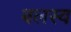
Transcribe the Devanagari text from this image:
बलस्य